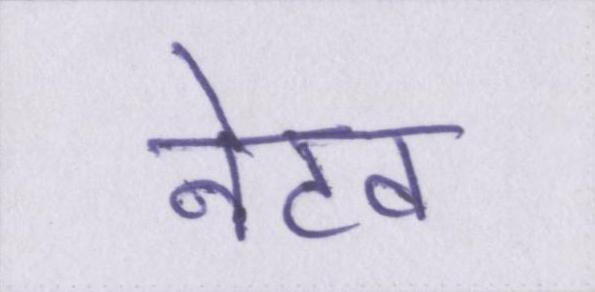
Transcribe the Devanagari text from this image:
नेटव